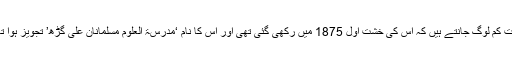
بہت کم لوگ جانتے ہیں کہ اس کی خشتِ اوّل 1875 میں رکھی گئی تھی اور اس کا نام ‘مدرسۃ العلوم مسلمانان علی گڑھ’ تجویز ہوا تھا۔